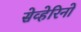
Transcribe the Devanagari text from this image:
सेव्हेरिनो